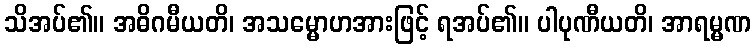
သိအပ်၏။ အဓိဂမီယတိ၊ အသမ္မောဟအားဖြင့် ရအပ်၏။ ပါပုဏီယတိ၊ အာရမ္မဏ